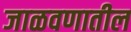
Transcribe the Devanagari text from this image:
जाळवणातील